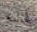
أنه